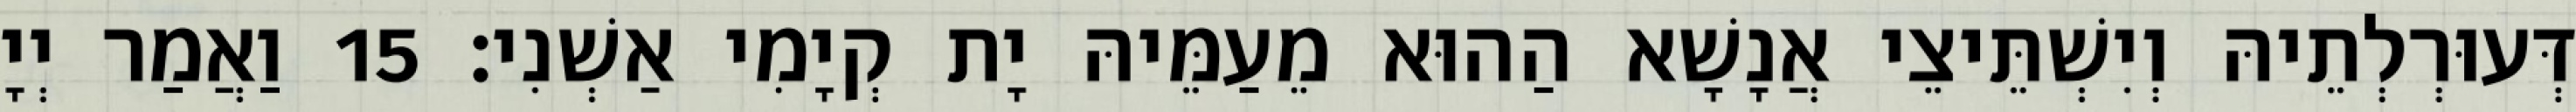
דְּעוּרְלְתֵיהּ וְיִשְׁתֵּיצֵי אֲנָשָׁא הַהוּא מֵעַמֵּיהּ יָת קְיָמִי אַשְׁנִי׃ 15 וַאֲמַר יְיָ